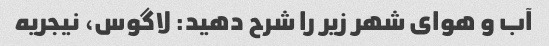
آب و هوای شهر زیر را شرح دهید: لاگوس، نیجریه